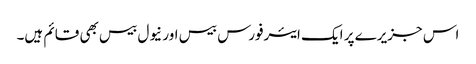
اس جزیرے پر ایک ایئرفورس بیس اور نیول بیس بھی قائم ہیں۔